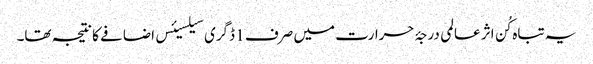
یہ تباہ کُن اثر عالمی درجۂ حرارت میں صرف 1 ڈگری سیلسیئس اضافے کا نتیجہ تھا۔